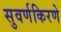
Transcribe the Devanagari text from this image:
सुवर्णकिरणे